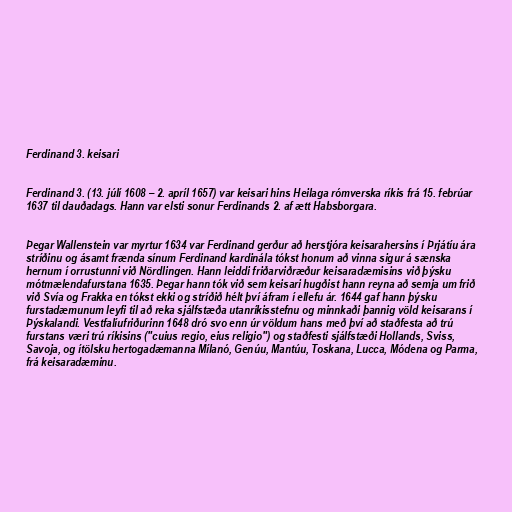
Ferdinand 3. keisari

Ferdinand 3. (13. júlí 1608 – 2. apríl 1657) var keisari hins Heilaga rómverska ríkis frá 15. febrúar
1637 til dauðadags. Hann var elsti sonur Ferdinands 2. af ætt Habsborgara.

Þegar Wallenstein var myrtur 1634 var Ferdinand gerður að herstjóra keisarahersins í Þrjátíu ára
stríðinu og ásamt frænda sínum Ferdinand kardinála tókst honum að vinna sigur á sænska
hernum í orrustunni við Nördlingen. Hann leiddi friðarviðræður keisaradæmisins við þýsku
mótmælendafurstana 1635. Þegar hann tók við sem keisari hugðist hann reyna að semja um frið
við Svía og Frakka en tókst ekki og stríðið hélt því áfram í ellefu ár. 1644 gaf hann þýsku
furstadæmunum leyfi til að reka sjálfstæða utanríkisstefnu og minnkaði þannig völd keisarans í
Þýskalandi. Vestfalíufriðurinn 1648 dró svo enn úr völdum hans með því að staðfesta að trú
furstans væri trú ríkisins ("cuius regio, eius religio") og staðfesti sjálfstæði Hollands, Sviss,
Savoja, og ítölsku hertogadæmanna Mílanó, Genúu, Mantúu, Toskana, Lucca, Módena og Parma,
frá keisaradæminu.